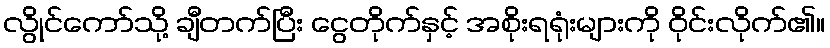
လွိုင်ကော်သို့ ချီတက်ပြီး ငွေတိုက်နှင့် အစိုးရရုံးများကို ဝိုင်းလိုက်၏။